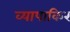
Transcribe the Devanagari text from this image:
व्यापाकिर